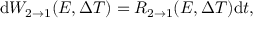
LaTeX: \mathrm { d } W _ { 2 \rightarrow 1 } ( E , \Delta T ) = R _ { 2 \rightarrow 1 } ( E , \Delta T ) \mathrm { d } t ,